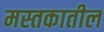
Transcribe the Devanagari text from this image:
मस्तकातील